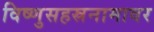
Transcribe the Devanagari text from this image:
विष्णुसहस्रनामावर